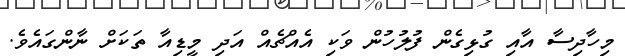
މިހާދިސާ އާއި ގުޅިގެން ފުލުހުން ވަކި އެއްޗެއް އަދި މީޑިއާ ތަކަށް ނާންގައެވެ.